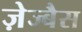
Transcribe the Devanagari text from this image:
ज़ेज्बैस